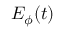
E _ { \phi } ( t )